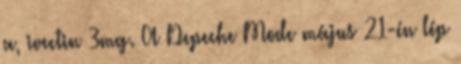
a, ivectin 3mg. A Depeche Mode május 21-én lép